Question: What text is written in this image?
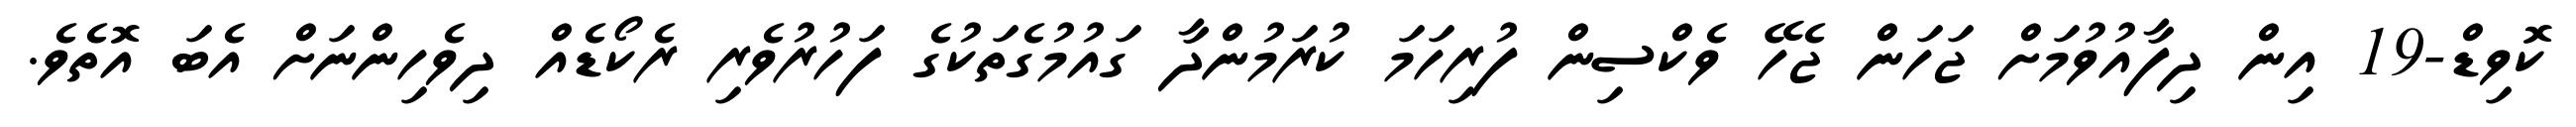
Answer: ކޮވިޑް-19 އިން ދިފާއުވުމަށް ޖަހަން ޖެހޭ ވެކްސިން ފުރިހަމަ ކުރަމުންދާ ގައުމުގެތަކުގެ ފަހުރުވެރި ރެކޯޑެއް ދިވެހިންނަށް އެބަ އޮތެވެ.